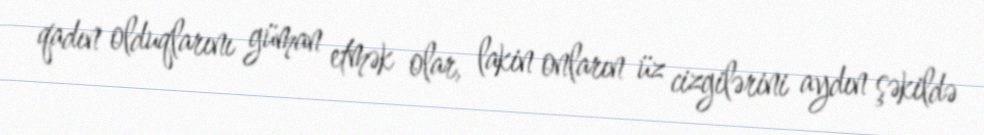
qadın olduqlarını güman etmək olar, lakin onların üz cizgilərini aydın şəkildə